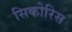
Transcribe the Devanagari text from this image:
सिकोरिस